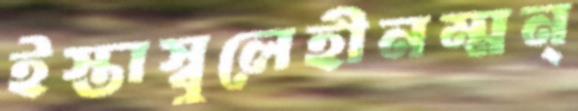
ইস্তাস্বুলেহীনম্মন্